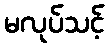
မလုပ်သင့်